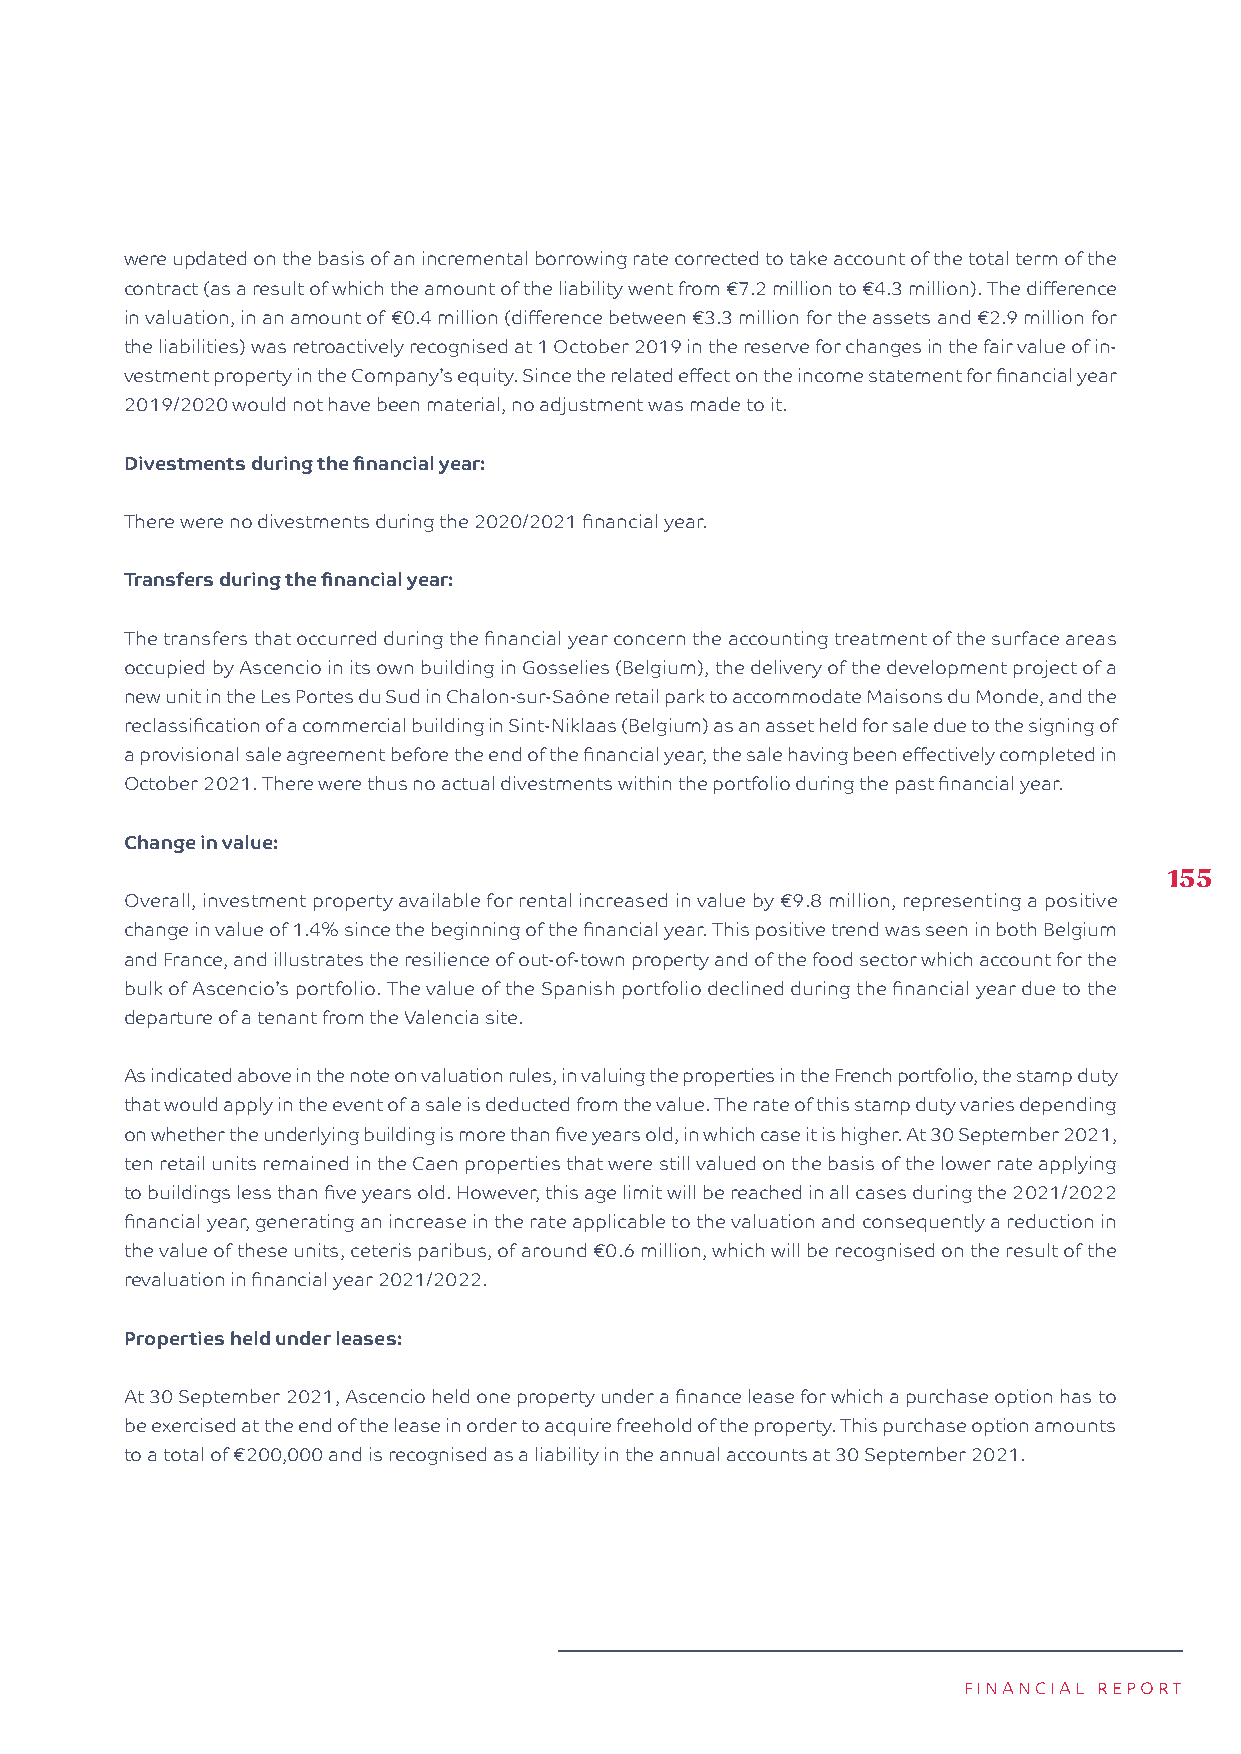
were updated on the basis of an incremental borrowing rate corrected to take account of the total term of the
 contract (as a result of which the amount of the liability went from €7.2 million to €4.3 million). The difference
 in valuation, in an amount of €0.4 million (difference between €3.3 million for the assets and €2.9 million for
 the liabilities) was retroactively recognised at 1 October 2019 in the reserve for changes in the fair value of in-
 vestment property in the Company’s equity. Since the related effect on the income statement for financial year
 2019/2020 would not have been material, no adjustment was made to it.
 Divestments during the financial year:
 There were no divestments during the 2020/2021 financial year.
 Transfers during the financial year:
 The transfers that occurred during the financial year concern the accounting treatment of the surface areas
 occupied by Ascencio in its own building in Gosselies (Belgium), the delivery of the development project of a
 new unit in the Les Portes du Sud in Chalon-sur-Saône retail park to accommodate Maisons du Monde, and the
 reclassification of a commercial building in Sint-Niklaas (Belgium) as an asset held for sale due to the signing of
 a provisional sale agreement before the end of the financial year, the sale having been effectively completed in
 October 2021. There were thus no actual divestments within the portfolio during the past financial year.
 Change in value:
 155
 Overall, investment property available for rental increased in value by €9.8 million, representing a positive
 change in value of 1.4% since the beginning of the financial year. This positive trend was seen in both Belgium
 and France, and illustrates the resilience of out-of-town property and of the food sector which account for the
 bulk of Ascencio’s portfolio. The value of the Spanish portfolio declined during the financial year due to the
 departure of a tenant from the Valencia site.
 As indicated above in the note on valuation rules, in valuing the properties in the French portfolio, the stamp duty
 that would apply in the event of a sale is deducted from the value. The rate of this stamp duty varies depending
 on whether the underlying building is more than five years old, in which case it is higher. At 30 September 2021,
 ten retail units remained in the Caen properties that were still valued on the basis of the lower rate applying
 to buildings less than five years old. However, this age limit will be reached in all cases during the 2021/2022
 financial year, generating an increase in the rate applicable to the valuation and consequently a reduction in
 the value of these units, ceteris paribus, of around €0.6 million, which will be recognised on the result of the
 revaluation in financial year 2021/2022.
 Properties held under leases:
 At 30 September 2021, Ascencio held one property under a finance lease for which a purchase option has to
 be exercised at the end of the lease in order to acquire freehold of the property. This purchase option amounts
 to a total of €200,000 and is recognised as a liability in the annual accounts at 30 September 2021.
 FINANCIAL REPORT